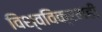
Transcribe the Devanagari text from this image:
विश्वविक्रमही